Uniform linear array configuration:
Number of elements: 16
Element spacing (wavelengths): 0.5
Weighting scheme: uniform
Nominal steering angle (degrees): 15
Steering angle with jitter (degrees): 13.99
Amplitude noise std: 0.05
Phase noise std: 0.05

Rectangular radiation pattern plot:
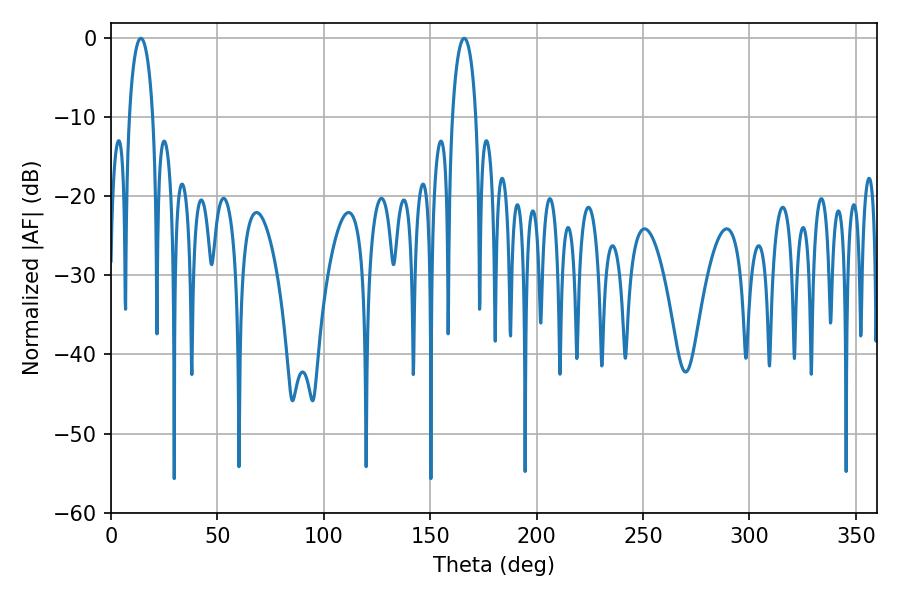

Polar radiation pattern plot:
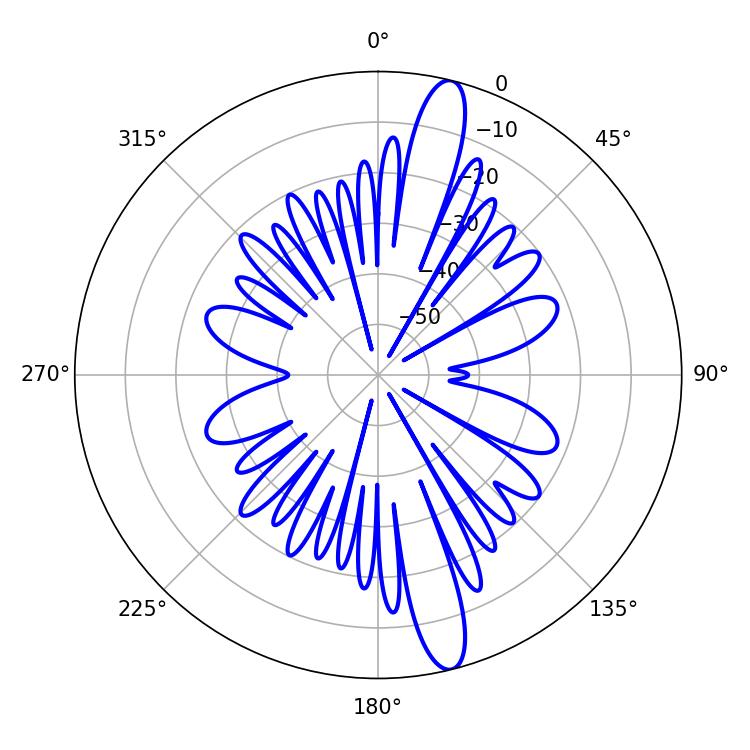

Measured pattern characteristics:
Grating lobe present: FALSE
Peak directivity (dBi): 15.109
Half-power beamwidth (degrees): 6.48
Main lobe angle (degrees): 14.04